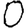
Digit: 0